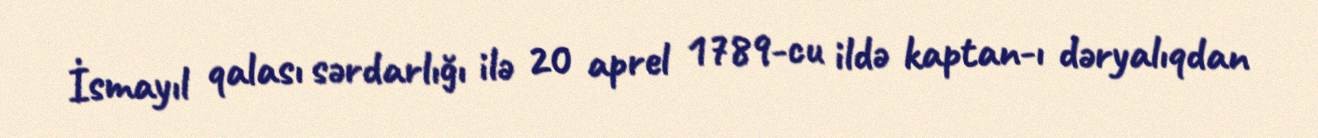
İsmayıl qalası sərdarlığı ilə 20 aprel 1789-cu ildə kaptan-ı dəryalıqdan